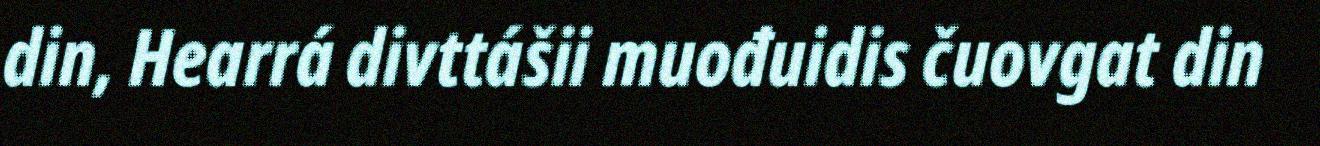
din, Hearrá divttášii muođuidis čuovgat din